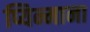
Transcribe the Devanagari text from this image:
प्यिन्माना